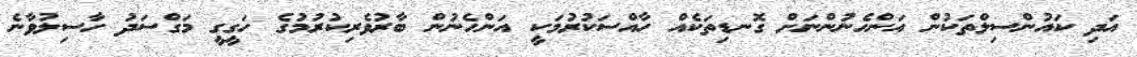
އަދި ކައުންސިލްތަކުން އަންހެނުންނަށް ގޮނޑިތަކެއް ހާއްސަކުރުމަކީ އަންހެނުން ބާރުވެރިކުރުމުގެ ހަގީގީ މަގްސަދު ހާސިލުވާނެ